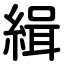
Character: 緝